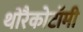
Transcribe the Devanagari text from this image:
थोरैकोटॉमी